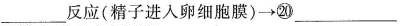
___反应(精子进入卵细胞膜) \rightarrow ⑳___